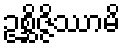
ဥစ္ဆိဇ္ဇိဿာမိ